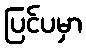
ပြင်ပမှာ